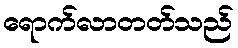
ရောက်လာတတ်သည်